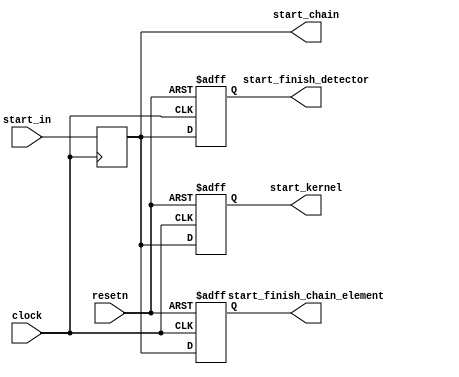
// (C) 1992-2016 Intel Corporation.                            
// Intel, the Intel logo, Intel, MegaCore, NIOS II, Quartus and TalkBack words    
// and logos are trademarks of Intel Corporation or its subsidiaries in the U.S.  
// and/or other countries. Other marks and brands may be claimed as the property  
// of others. See Trademarks on intel.com for full list of Intel trademarks or    
// the Trademarks & Brands Names Database (if Intel) or See www.Intel.com/legal (if Altera) 
// Your use of Intel Corporation's design tools, logic functions and other        
// software and tools, and its AMPP partner logic functions, and any output       
// files any of the foregoing (including device programming or simulation         
// files), and any associated documentation or information are expressly subject  
// to the terms and conditions of the Altera Program License Subscription         
// Agreement, Intel MegaCore Function License Agreement, or other applicable      
// license agreement, including, without limitation, that your use is for the     
// sole purpose of programming logic devices manufactured by Intel and sold by    
// Intel or its authorized distributors.  Please refer to the applicable          
// agreement for further details.                                                 
    


// The start signal chain element forwards the start signal received 
// from the previous chain element to the kernel copy it serves as well as
// the corresponding task copy finish detector and finish chain element.

module acl_start_signal_chain_element
(
	input clock,
	input resetn,

	input start_in,
	output reg start_kernel,
	output reg start_finish_detector,
	output reg start_finish_chain_element,
	output reg start_chain
);

	always @ (posedge clock)
	begin
		start_chain <= start_in;
	end

	always @ (posedge clock or negedge resetn)
	begin
		if (~resetn)
		begin
			start_kernel <= 1'b0;
			start_finish_detector <= 1'b0;
			start_finish_chain_element <= 1'b0;
		end
		else
		begin
			start_kernel <= start_chain;
			start_finish_detector <= start_chain;
			start_finish_chain_element <= start_chain;
		end
	end


endmodule